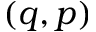
( q , p )